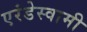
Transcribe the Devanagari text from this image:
एरंडेस्वामी